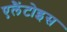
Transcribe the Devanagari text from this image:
एलैंटोइस